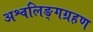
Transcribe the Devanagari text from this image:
अश्वलिङ्गग्रहण